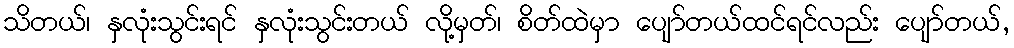
သိတယ်၊ နှလုံးသွင်းရင် နှလုံးသွင်းတယ် လို့မှတ်၊ စိတ်ထဲမှာ ပျော်တယ်ထင်ရင်လည်း ပျော်တယ်,